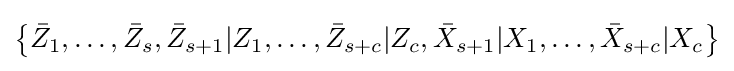
\left\{{\bar {Z}}_{1},\ldots ,{\bar {Z}}_{s},{\bar {Z}}_{s+1}|Z_{1},\ldots ,{\bar {Z}}_{s+c}|Z_{c},{\bar {X}}_{s+1}|X_{1},\ldots ,{\bar {X}}_{s+c}|X_{c}\right\}